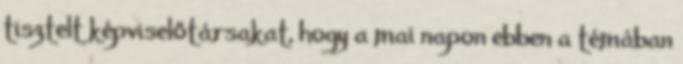
tisztelt képviselőtársakat, hogy a mai napon ebben a témában